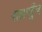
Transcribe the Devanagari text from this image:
वाह्यपहुँच